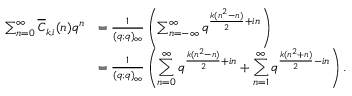
\begin{array} { r l } { \sum _ { n = 0 } ^ { \infty } \overline { { C } } _ { k , i } ( n ) q ^ { n } } & { = \frac { 1 } { ( q ; q ) _ { \infty } } \left( \sum _ { n = - \infty } ^ { \infty } q ^ { \frac { k ( n ^ { 2 } - n ) } { 2 } + i n } \right) } \\ & { = \frac { 1 } { ( q ; q ) _ { \infty } } \left( \displaystyle \sum _ { n = 0 } ^ { \infty } q ^ { \frac { k ( n ^ { 2 } - n ) } { 2 } + i n } + \displaystyle \sum _ { n = 1 } ^ { \infty } q ^ { \frac { k ( n ^ { 2 } + n ) } { 2 } - i n } \right) . } \end{array}